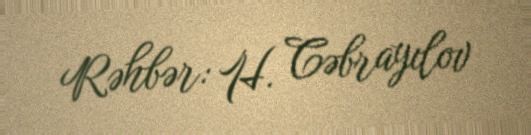
Rəhbər: H. Cəbrayılov